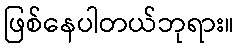
ဖြစ်နေပါတယ်ဘုရား။